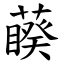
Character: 藈